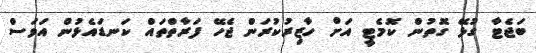
ބަޖެޓާ ގުޅޭ ގޮތުން ކޮމެޓީ އަށް ހާޒިރުކުރަން ޖެހޭ ފަރާތްތައް ކަނޑައެޅުން އަވަސް